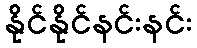
နိုင်နိုင်နင်းနင်း